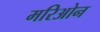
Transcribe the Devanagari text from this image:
मरिओन